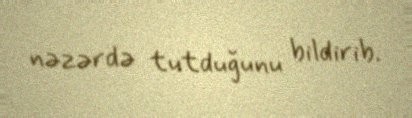
nəzərdə tutduğunu bildirib.